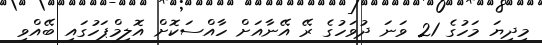
މިދިޔަ މަހުގެ 21 ވަނަ ދުވަހުގެ ރޭ އޭނާއަށް ހާއްސަކޮށް އޮލިމްޕަހުގައި ބޭއްވި